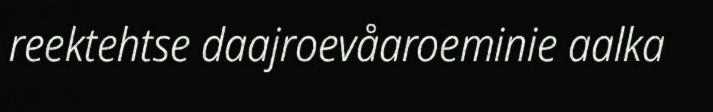
reektehtse daajroevåaroeminie aalka